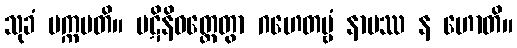
သုခံ ပက္ကမတိ။ ပဋိနိဝတ္တေတွာ ဂဟေတဗ္ဗံ နာမဿ န ဟောတိ။